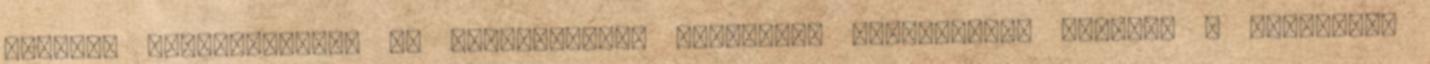
lemondó nyilatkozatot az önkormányzat elküldte. Emlékezetem szerint a közgyűlés